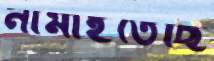
নামাইতেছি